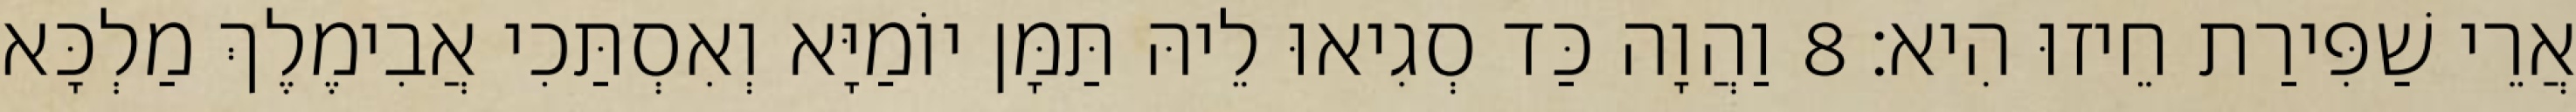
אֲרֵי שַׁפִּירַת חֵיזוּ הִיא׃ 8 וַהֲוָה כַּד סְגִיאוּ לֵיהּ תַּמָּן יוֹמַיָּא וְאִסְתַּכִי אֲבִימֶלֶךְ מַלְכָּא